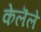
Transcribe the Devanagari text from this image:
केलॆले